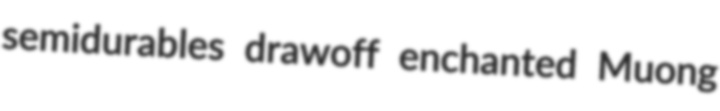
semidurables drawoff enchanted Muong